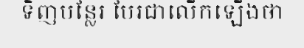
ទិញបន្លែរ បែរជាលើកឡើងថា